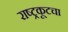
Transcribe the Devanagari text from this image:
राष्ट्रकूटचा